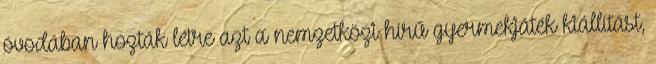
óvodában hozták létre azt a nemzetközi hírű gyermekjáték kiállítást,